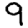
Digit: 9